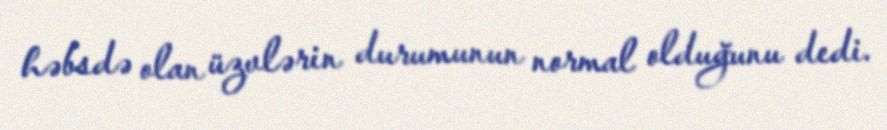
həbsdə olan üzvlərin durumunun normal olduğunu dedi.